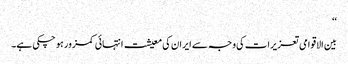
‘‘
بین الاقوامی تعزیرات کی وجہ سے ایران کی معیشت انتہائی کمزور ہو چکی ہے۔